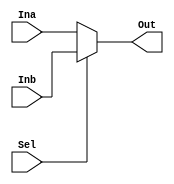
module MUX5(Sel, Ina, Inb, Out);
    input Sel;
    input [4: 0] Ina;
    input [4: 0] Inb;
    output [4: 0] Out;

    assign Out = (Sel == 0) ? Ina : Inb;

endmodule